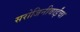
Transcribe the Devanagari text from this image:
सरोजिनीबाईंचा